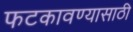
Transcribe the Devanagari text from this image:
फटकावण्यासाठी